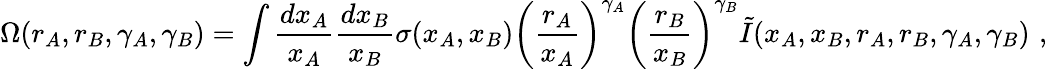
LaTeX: \Omega(r_{A},r_{B},\gamma_{A},\gamma_{B})=\int{\frac{dx_{A}}{x_{A}}}{\frac{dx_{B}}{x_{B}}}\sigma(x_{A},x_{B})\biggl({\frac{r_{A}}{x_{A}}}\biggr)^{\gamma_{A}}\biggl({\frac{r_{B}}{x_{B}}}\biggr)^{\gamma_{B}}\tilde{I}(x_{A},x_{B},r_{A},r_{B},\gamma_{A},\gamma_{B})\, \, ,